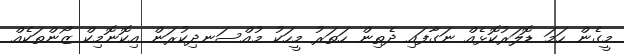
މީގެން ހަމަ ޑޮލަރުކޮޅެއް ނަގާފައި ދެތިން ހަތަރު މީހަކު މުއްސަނދިކުރަން އިކޮނޮމިކް ޒޯންތަކެއް